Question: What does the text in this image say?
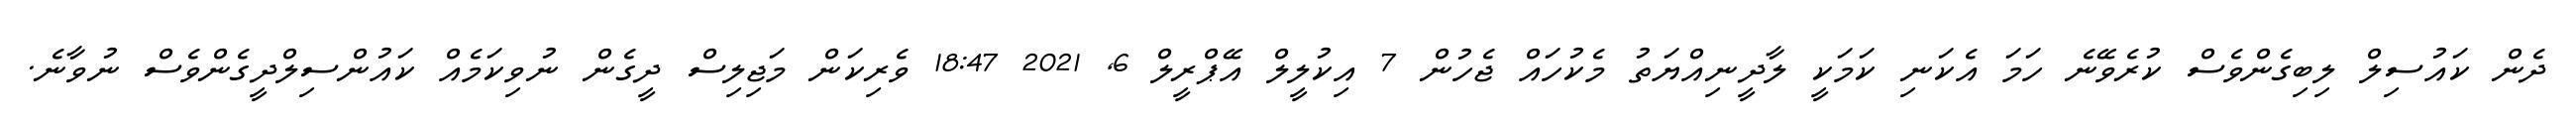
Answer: ދެން ކައުސިލް ލިބިގެންވެސް ކުރެވޭނެ ހަމަ އެކަނި ކަމަކީ ލާދީނިއްޔަތު މެކުހައް ޖެހުން 7 އިކުލީލް އޭޕްރީލް 6, 2021 18:47 ވެރިކަން މަޖިލިސް ދީގެން ނުވިކަމެއް ކައުންސިލްދީގެންވެސް ނުވާނެ.